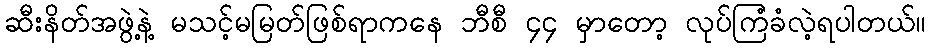
ဆီးနိတ်အဖွဲ့နဲ့ မသင့်မမြတ်ဖြစ်ရာကနေ ဘီစီ ၄၄ မှာတော့ လုပ်ကြံခံလဲ့ရပါတယ်။